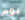
يوم